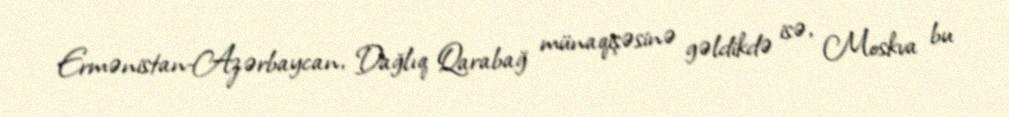
Ermənistan-Azərbaycan, Dağlıq Qarabağ münaqişəsinə gəldikdə isə, Moskva bu